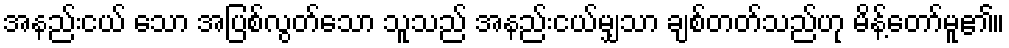
အနည်းငယ် သော အပြစ်လွတ်သော သူသည် အနည်းငယ်မျှသာ ချစ်တတ်သည်ဟု မိန့်တော်မူ၏။